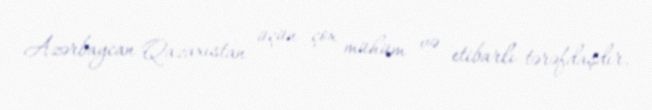
Azərbaycan Qazaxıstan üçün çox mühüm və etibarlı tərəfdaşdır.